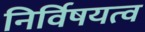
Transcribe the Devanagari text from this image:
निर्विषयत्व